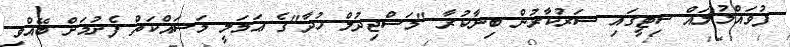
ފުވައްމުލައް ސިޓީގައި ސަރުކާރުން ބިނާކުރާ "މަސްޖިދުލް ހުދާ"ގެ ޢަމަލީ މަސައްކަތް ފެށުމަށް ބޭއްވި